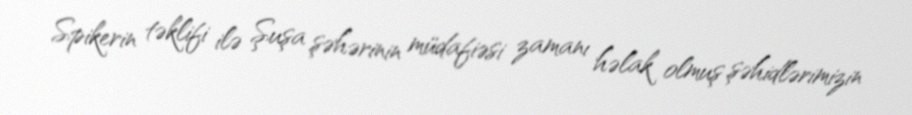
Spikerin təklifi ilə Şuşa şəhərinin müdafiəsi zamanı həlak olmuş şəhidlərimizin